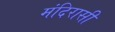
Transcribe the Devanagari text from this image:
मंदिरासी